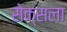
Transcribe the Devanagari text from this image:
सेक्सला